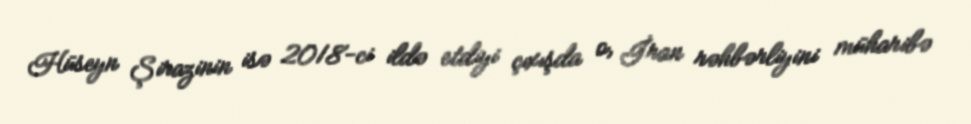
Hüseyn Şirazinin isə 2018-ci ildə etdiyi çıxışda o, İran rəhbərliyini müharibə